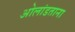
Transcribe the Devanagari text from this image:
ओलांडताना